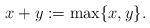
LaTeX: \begin{align*}x+y:=\max\{x,y\}.\end{align*}